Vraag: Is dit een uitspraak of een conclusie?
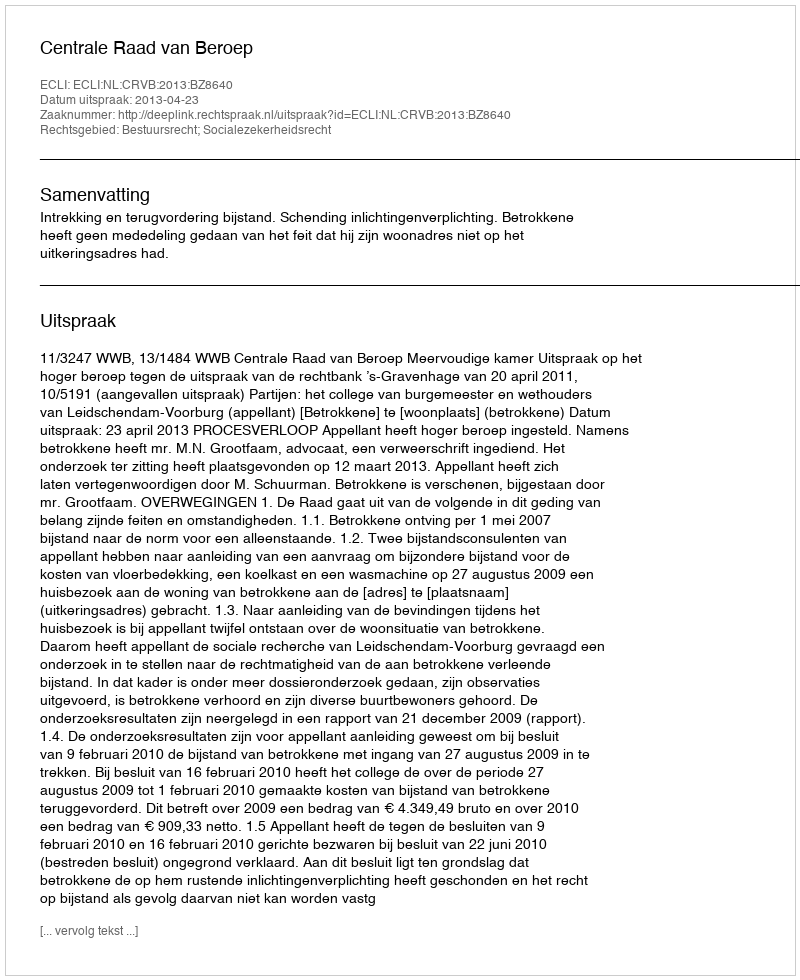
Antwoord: Uitspraak